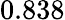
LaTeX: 0.838